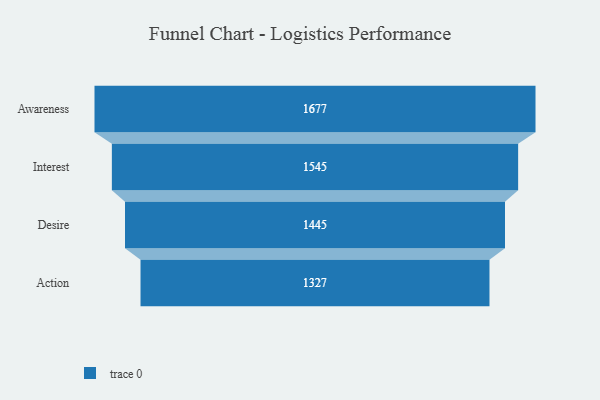
{"axis": {"x": "Stage", "y": "Value"}, "legend": [""], "data": [{"x": "Awareness", "y": 1677.0, "type": ""}, {"x": "Interest", "y": 1545.0, "type": ""}, {"x": "Desire", "y": 1445.0, "type": ""}, {"x": "Action", "y": 1327.0, "type": ""}]}